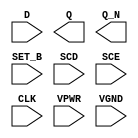
module sky130_fd_sc_hs__sdfsbp (
    //# {{data|Data Signals}}
    input  D    ,
    output Q    ,
    output Q_N  ,

    //# {{control|Control Signals}}
    input  SET_B,

    //# {{scanchain|Scan Chain}}
    input  SCD  ,
    input  SCE  ,

    //# {{clocks|Clocking}}
    input  CLK  ,

    //# {{power|Power}}
    input  VPWR ,
    input  VGND
);
endmodule